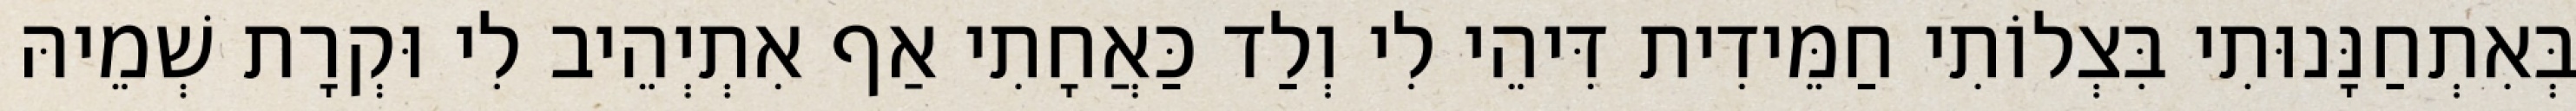
בְּאִתְחַנָּנוּתִי בִּצְלוֹתִי חַמֵּידִית דִּיהֵי לִי וְלַד כַּאֲחָתִי אַף אִתְיְהֵיב לִי וּקְרָת שְׁמֵיהּ